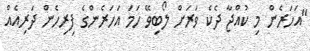
"އަހަރެން މި ކުއްޖާ ދެކެ ވަރަށް ލޯބިވޭ ހަމަ އަހަރެންގެ ފިރިހެން ދަރިއެއް